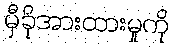
မှီခိုအားထားမှုကို